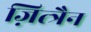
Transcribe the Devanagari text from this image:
ज़ित्त्रैन